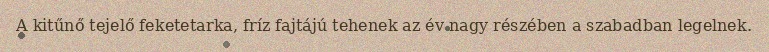
A kitűnő tejelő feketetarka, fríz fajtájú tehenek az év nagy részében a szabadban legelnek.